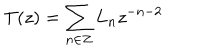
T ( z ) = \sum _ { n \in Z } L _ { n } z ^ { - n - 2 }